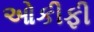
ઓકીફી